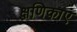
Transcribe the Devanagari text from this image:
क्षणिकाएं